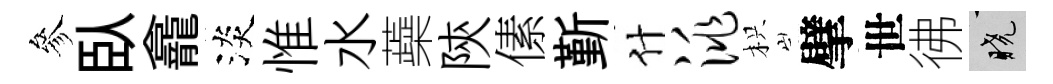
參臥龕淡惟水蘃陝傃斳什洮枳擘世彿曉